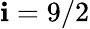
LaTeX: \mathbf{i}=9/2